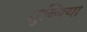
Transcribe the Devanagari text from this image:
सुब्बिया